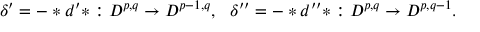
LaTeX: \delta ^ { \prime } = - \ast d ^ { \prime } \ast : { \cal D } ^ { p , q } \rightarrow { \cal D } ^ { p - 1 , q } , \ \ \delta ^ { \prime \prime } = - \ast d ^ { \prime \prime } \ast : { \cal D } ^ { p , q } \rightarrow { \cal D } ^ { p , q - 1 } .